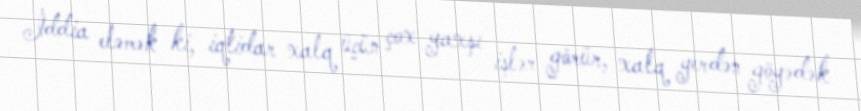
İddia eləmək ki, iqtidar xalq üçün çox yaxşı işlər görür, xalq yerdən göyədək